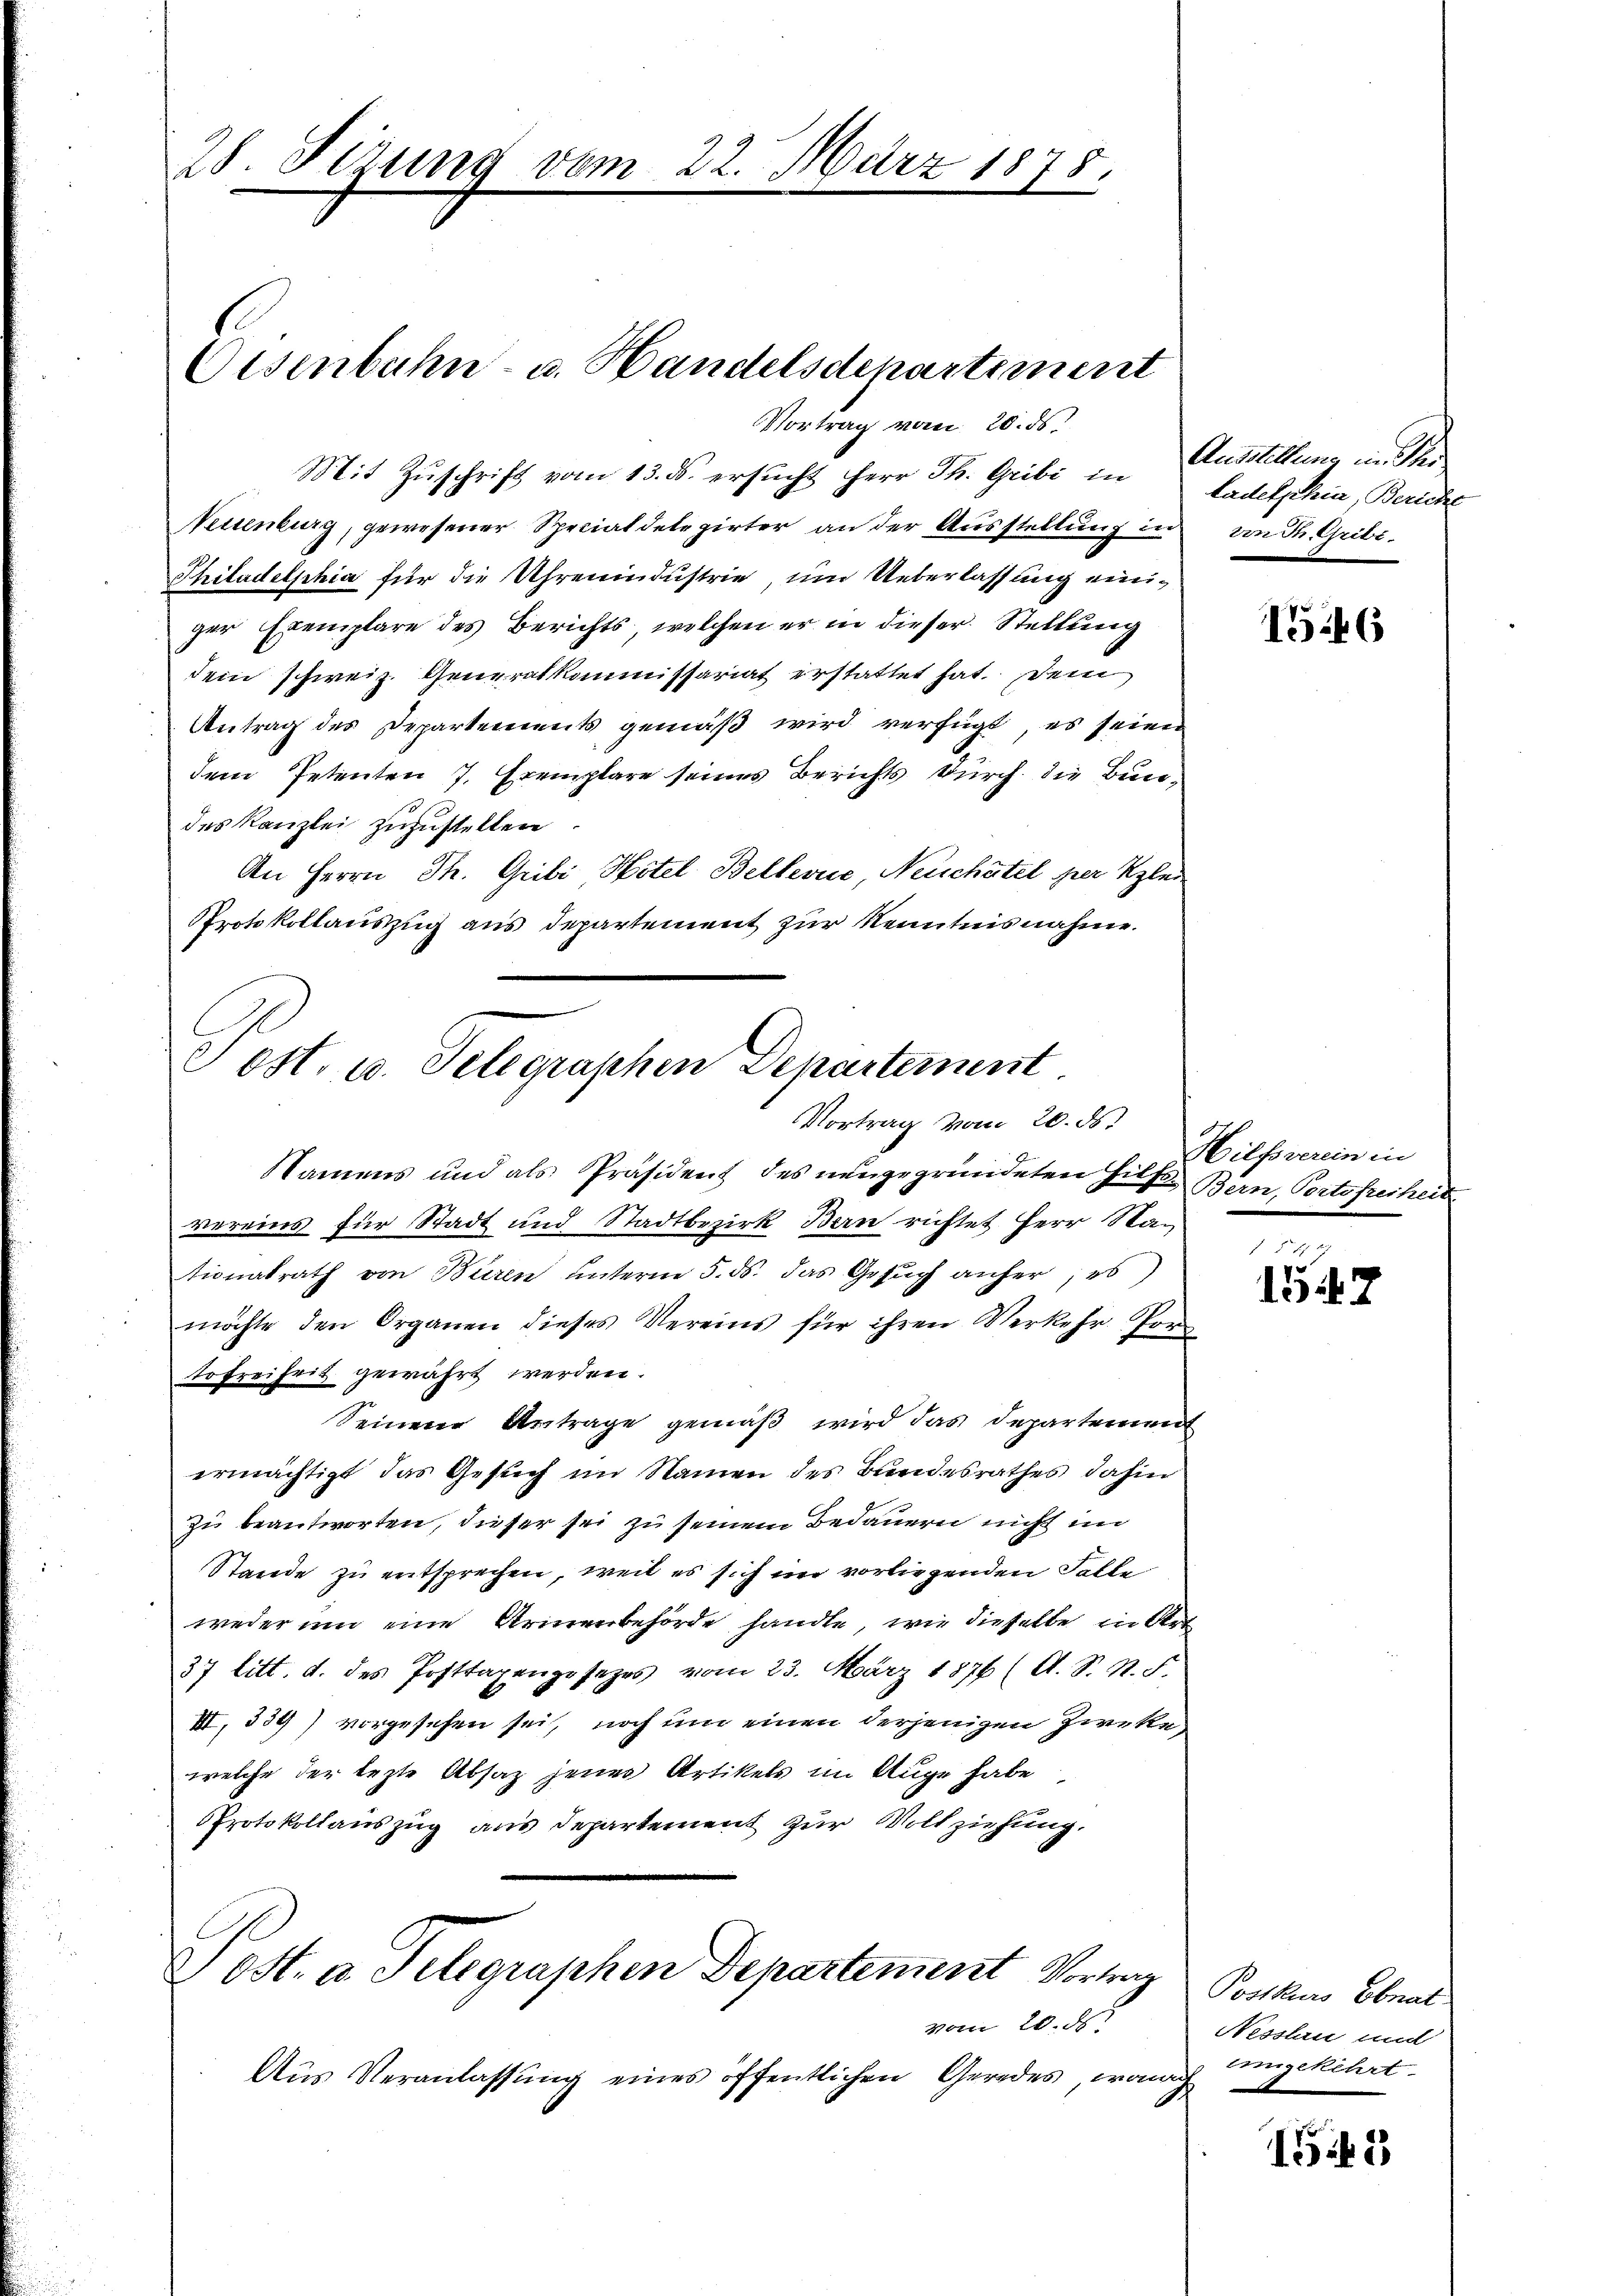
28. Sizung vom

Eisenbahn- u. Handelsdepartiment
Vortrag vom 20. ds.

Mit Zuschrift vom 13. ds. ersucht Herr Th. Gribi in Ausstellung mitter
Neuenburg, gewesener Specialdelegirter an der Ausstellung in von dh. Gribi.
Philadelphia für die Uhrenindustrie, um Ueberlassung einiger Exemplare des Berichts, welchen er in dieser Stellung
dem schweiz. Generalkommissariat erstattet hat. Dein
Antrag des Departements gemäß wird verfügt, es seien
dem Petenten 7. Exemplare seines Berichts durch die Bundes Kanzlei zuzustellen.
An Herrn Th. Gribi Hotel Bellevue, Neuchâtel per Klei¬
Protokollauszug aus Departement zur Kenntnisnahme.

Post. u. Telegraphen Departement
Vortrag vom 20. ds.

22. März 1878.

Namens und als Präsident des neugegründeten Hilf Bern, Portofreihei
vereins für Stadt und Stadtbezirk Bern richtet Herr Stationalrath von Buren unterm 5. ds. das Gesŭch anher; es
möchte den Organen dieses Vereins für ihren Verkehr Pom
tofreiheit gewährt werden.
Seinen Antrage gemäβ wird das Departement
ermächtigt das Gesuch im Namen des Bundesrathes dahin
zu beantworten, dieser sei zu seinem Bedauern nicht in
Stande zu entsprechen, weil es sich im vorliegenden Falle
weder und eine Armenbehörde handte, wie dieselbe in Art
37 litt. d. des Posttagengesezes vom 23. März 1876 (A. S. R. F.
III. 339) vorgesehen sei, noch um einen derjenigen Zwecke
welche der lezte Absaz jener Artikels im Auge habe
Protokollauszug aus Departement zur Vollziehung,
Jost. u. Telegraphen Departement Vorleg
vom 26. d.
Aŭs Veranlassŭng eines öffentlichen Geredes, wonach

tadelphia, Bericht

1546

Hilfsverein in

1547

Postkurs Ebnat
Nesslau und
eimgekehrt.

148